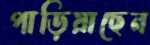
পাড়িয়াছেন